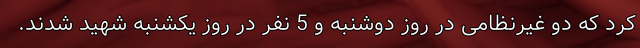
کرد که دو غیرنظامی در روز دوشنبه و 5 نفر در روز یکشنبه شهید شدند.